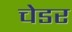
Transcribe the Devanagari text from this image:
चेडर